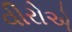
વીરોએ